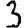
Digit: 3